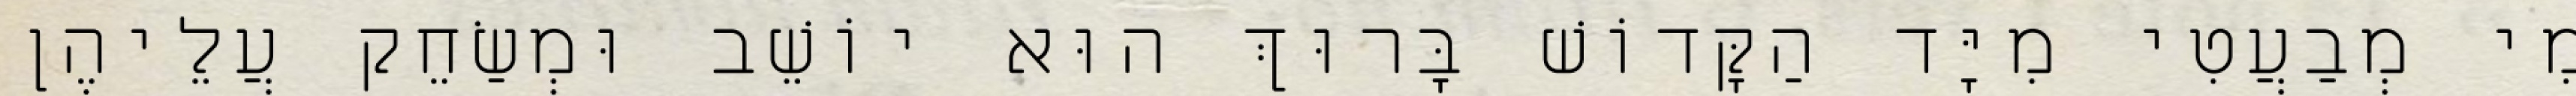
מִי מְבַעֲטִי מִיָּד הַקָּדוֹשׁ בָּרוּךְ הוּא יוֹשֵׁב וּמְשַׂחֵק עֲלֵיהֶן